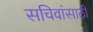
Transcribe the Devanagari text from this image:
सचिवांसाठी